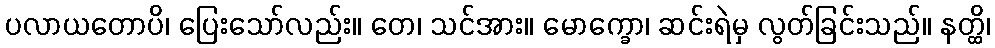
ပလာယတောပိ၊ ပြေးသော်လည်း။ တေ၊ သင်အား။ မောက္ခော၊ ဆင်းရဲမှ လွတ်ခြင်းသည်။ နတ္ထိ၊